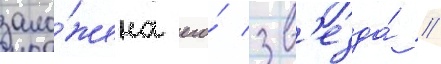
зало́жена его́ зв'езда́ //